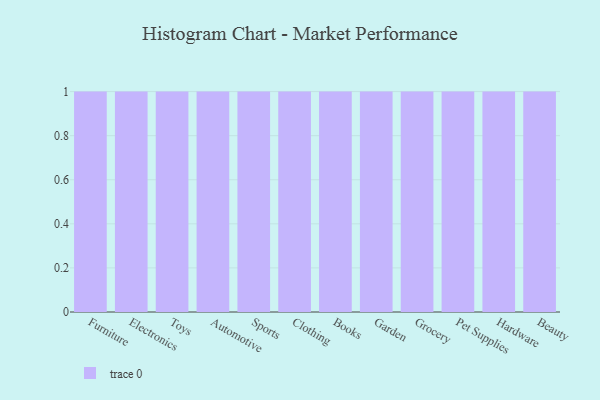
{"axis": {"x": "Category", "y": "Production Output"}, "legend": [""], "data": [{"x": "Furniture", "y": 60, "type": ""}, {"x": "Electronics", "y": 13, "type": ""}, {"x": "Toys", "y": 3, "type": ""}, {"x": "Automotive", "y": 65, "type": ""}, {"x": "Sports", "y": 99, "type": ""}, {"x": "Clothing", "y": 96, "type": ""}, {"x": "Books", "y": 74, "type": ""}, {"x": "Garden", "y": 55, "type": ""}, {"x": "Grocery", "y": 37, "type": ""}, {"x": "Pet Supplies", "y": 51, "type": ""}, {"x": "Hardware", "y": 78, "type": ""}, {"x": "Beauty", "y": 45, "type": ""}]}